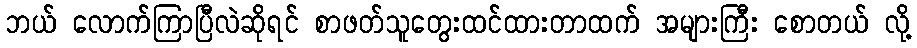
ဘယ် လောက်ကြာပြီလဲဆိုရင် စာဖတ်သူတွေးထင်ထားတာထက် အများကြီး စောတယ် လို့